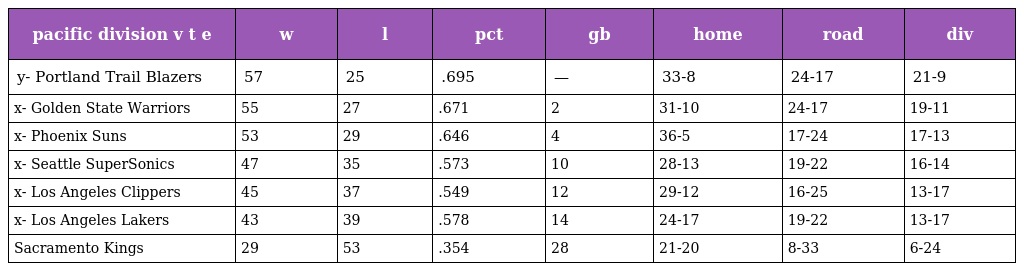
| pacific division v t e | w | l | pct | gb | home | road | div |
 | --- | --- | --- | --- | --- | --- | --- | --- |
 | y- Portland Trail Blazers | 57 | 25 | .695 | — | 33-8 | 24-17 | 21-9 |
 | x- Golden State Warriors | 55 | 27 | .671 | 2 | 31-10 | 24-17 | 19-11 |
 | x- Phoenix Suns | 53 | 29 | .646 | 4 | 36-5 | 17-24 | 17-13 |
 | x- Seattle SuperSonics | 47 | 35 | .573 | 10 | 28-13 | 19-22 | 16-14 |
 | x- Los Angeles Clippers | 45 | 37 | .549 | 12 | 29-12 | 16-25 | 13-17 |
 | x- Los Angeles Lakers | 43 | 39 | .578 | 14 | 24-17 | 19-22 | 13-17 |
 | Sacramento Kings | 29 | 53 | .354 | 28 | 21-20 | 8-33 | 6-24 |